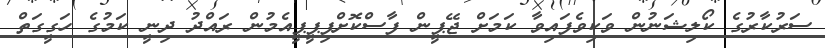
ސަރުކާރުގެ ކޯލިޝަނުން ވަކިވެފައިވާ ކަމަށް ޖޭޕީން ފާސްކޮށްފިޕީޕީއެމުން ރައްދު ދިނީ ކަމުގެ ހަގީގަތް